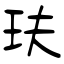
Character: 玞